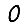
Digit: 0